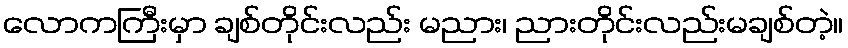
လောကကြီးမှာ ချစ်တိုင်းလည်း မညား၊ ညားတိုင်းလည်းမချစ်တဲ့။